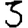
Digit: 3